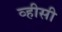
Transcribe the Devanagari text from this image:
व्हीसी